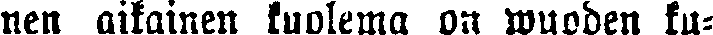
nen aikainen kuolema on wuoden ku-